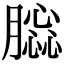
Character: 𦠤